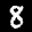
Label: 8